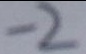
- 2